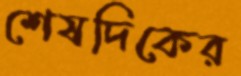
শেষদিকের